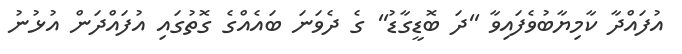
އުފައްދާ ކާމިޔާބުވެފައިވާ ''ދަ ބޮޑީގާޑު'' ގެ ދެވަނަ ބައެއްގެ ގޮތުގައި އުފައްދަން އުޅުނު